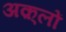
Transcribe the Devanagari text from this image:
अक़्लों